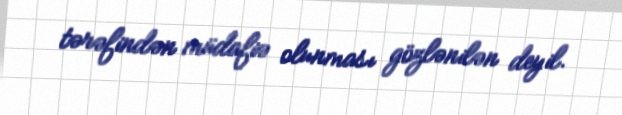
tərəfindən müdafiə olunması gözlənilən deyil.